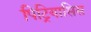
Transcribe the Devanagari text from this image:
पिट्रियासिस